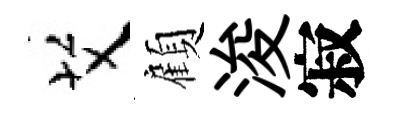
艾顧浚寂